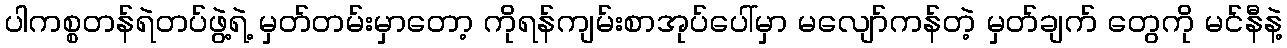
ပါကစ္စတန်ရဲတပ်ဖွဲ့ရဲ့ မှတ်တမ်းမှာတော့ ကိုရန်ကျမ်းစာအုပ်ပေါ်မှာ မလျော်ကန်တဲ့ မှတ်ချက် တွေကို မင်နီနဲ့